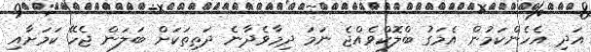
އަދި އެހެންކަމުން އެމަގު ބްލޮކްވެއްޖެ ނަމަ ދިމާވެދާނެ ދަތިތަކަށް ބަލަން ޖެހޭ ކަމަށާއި